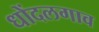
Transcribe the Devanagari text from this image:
धोंदलगाव